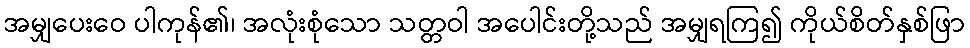
အမျှပေးဝေ ပါကုန်၏၊ အလုံးစုံသော သတ္တဝါ အပေါင်းတို့သည် အမျှရကြ၍ ကိုယ်စိတ်နှစ်ဖြာ